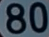
80